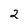
Character: 2